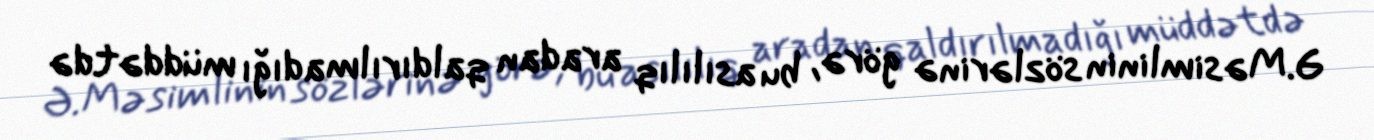
Ə.Məsimlinin sözlərinə görə, bu asılılıq aradan qaldırılmadığı müddətdə